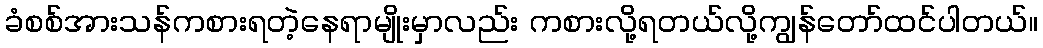
ခံစစ်အားသန်ကစားရတဲ့နေရာမျိုးမှာလည်း ကစားလို့ရတယ်လို့ကျွန်တော်ထင်ပါတယ်။